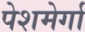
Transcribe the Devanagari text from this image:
पेशमेर्गा